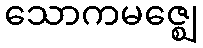
သောကမဇ္ဈေ